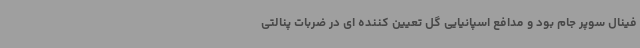
فینال سوپر جام بود و مدافع اسپانیایی گل تعیین کننده ای در ضربات پنالتی